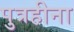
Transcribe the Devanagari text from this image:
पुत्रहीना